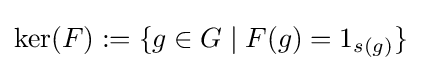
\ker(F):=\{g\in G\mid F(g)=1_{s(g)}\}